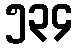
၅၃၄